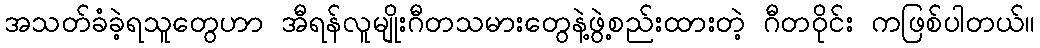
အသတ်ခံခဲ့ရသူတွေဟာ အီရန်လူမျိုးဂီတသမားတွေနဲ့ဖွဲ့စည်းထားတဲ့ ဂီတဝိုင်း ကဖြစ်ပါတယ်။